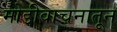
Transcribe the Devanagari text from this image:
मोडीवाचनातून